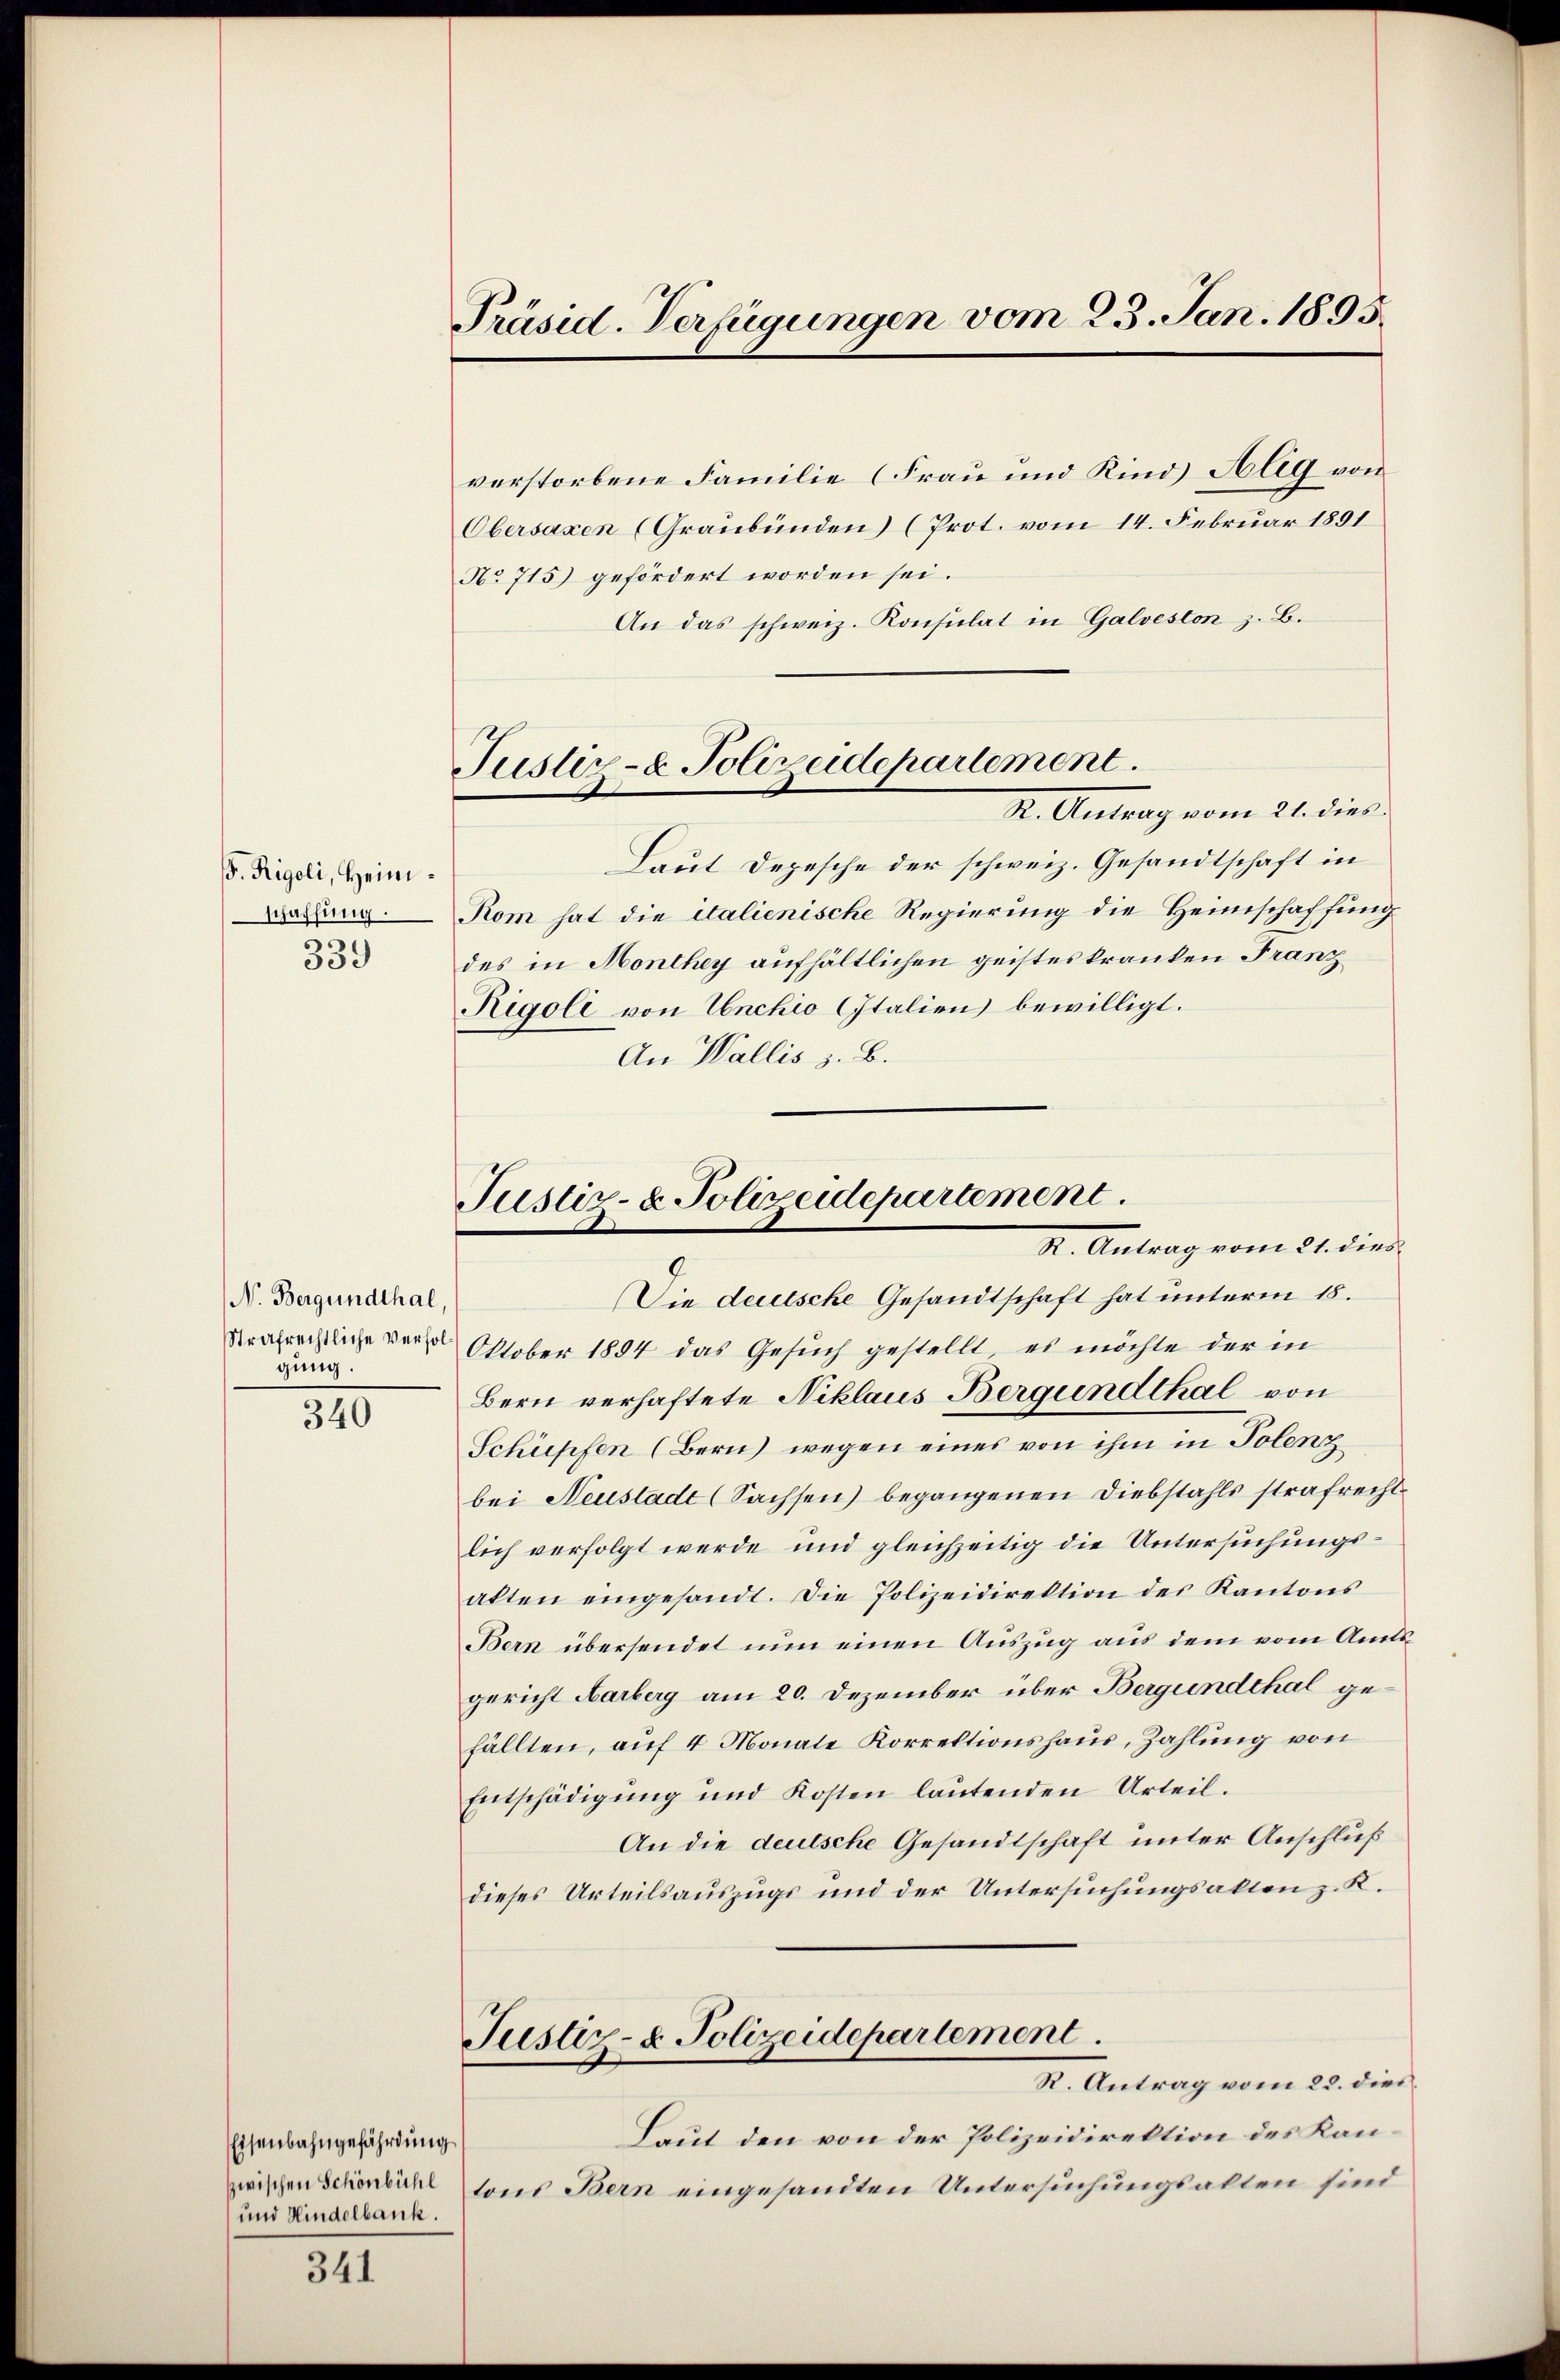
. Rigoli, Heimschaffung.
.
339

N. Bergundthal,
gung.

340

Eisenbahngefährdung
und Kindelbank.

341

Präsid. Verfügungen vom 23. Jan. 1895.

verstorbene Familie (Frau und Kind Alig von
Obersaxen (Graubünden (Prot. vom 14. Februar 1891
No 715) gefördert worden sei.
An das schweiz. Konsulat in Galveston z. B.
Laut Depesche der schweiz. Gesandtschaft in
Kom hat die italienische Regierung die Heimschaffung
des in Monthey aufhältlichen geistes kranken Franz
Rigoli von Conchio Italien bewilligt.
An Wallis z. B.
9
Die deutsche Gesandtschaft hat unterm 18.
Strafrechtliche der Oktober 1894 das Gesuch gestellt, es möchte der in
Bern verhaftete Niklaus Bergundthal von
Schüpfen (Bern) wegen eines von ihm in Polenz
bei Neustadt (Sachsen) begangenen Diebstahls strafrecht
lich verfolgt werde und gleichzeitig die Untersuchungsakten eingesandt. Die Polizeidirektion des Kantons
Bern übersendet nun einen Auszug aus dem vom Amts
gericht Aarberg am 20. Dezember über Bergundthal gefällten, auf 4 Monate Korrektionshaus, Zahlung von
Entschädigŭng und Kosten laŭtenden Urteil.
An die deutsche Gesandtschaft unter Anschluß
dieses Urteilsauszugs und der Untersuchungsakten z. K.
Justiz- & Polizeidepartement.
R. Antrag vom 22. dies
Laut den von der Polizeidirektion des Kanzwischen Schönbichl tons Bern eingesandten Untersuchungsalten sind

Justiz- & Polizeidepartement.
K. Antrag vom 21. dies

Justiz- & Polizeidepartement.
I. Antrag vom 23. dies